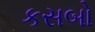
કસબો